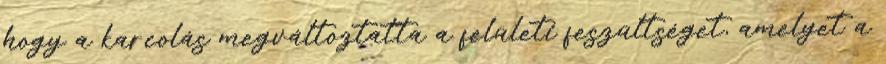
hogy a karcolás megváltoztatta a felületi feszültséget, amelyet a